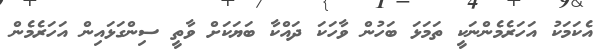
އެކަމަކު އަހަރެމެންނަކީ ތަމަޅަ ބަހުން ވާހަކަ ދައްކާ ބަޔަކަށް ވާތީ ސިންގަޅައިން އަހަރެމެން